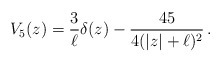
\begin{align*}V_5(z)=\frac{3}{\ell} \delta(z) - \frac{45}{4(|z|+\ell)^2}\,.\end{align*}